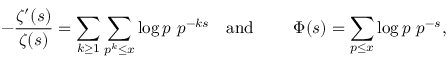
- { \frac { \zeta ^ { \prime } ( s ) } { \zeta ( s ) } } = \sum _ { k \geq 1 } \sum _ { p ^ { k } \leq x } \log p \, \, p ^ { - k s } \quad { \mathrm { a n d ~ } } \quad \quad \Phi ( s ) = \sum _ { p \leq x } \log p \, \, p ^ { - s } ,